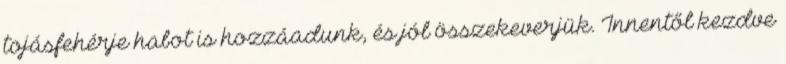
tojásfehérje habot is hozzáadunk, és jól összekeverjük. Innentől kezdve